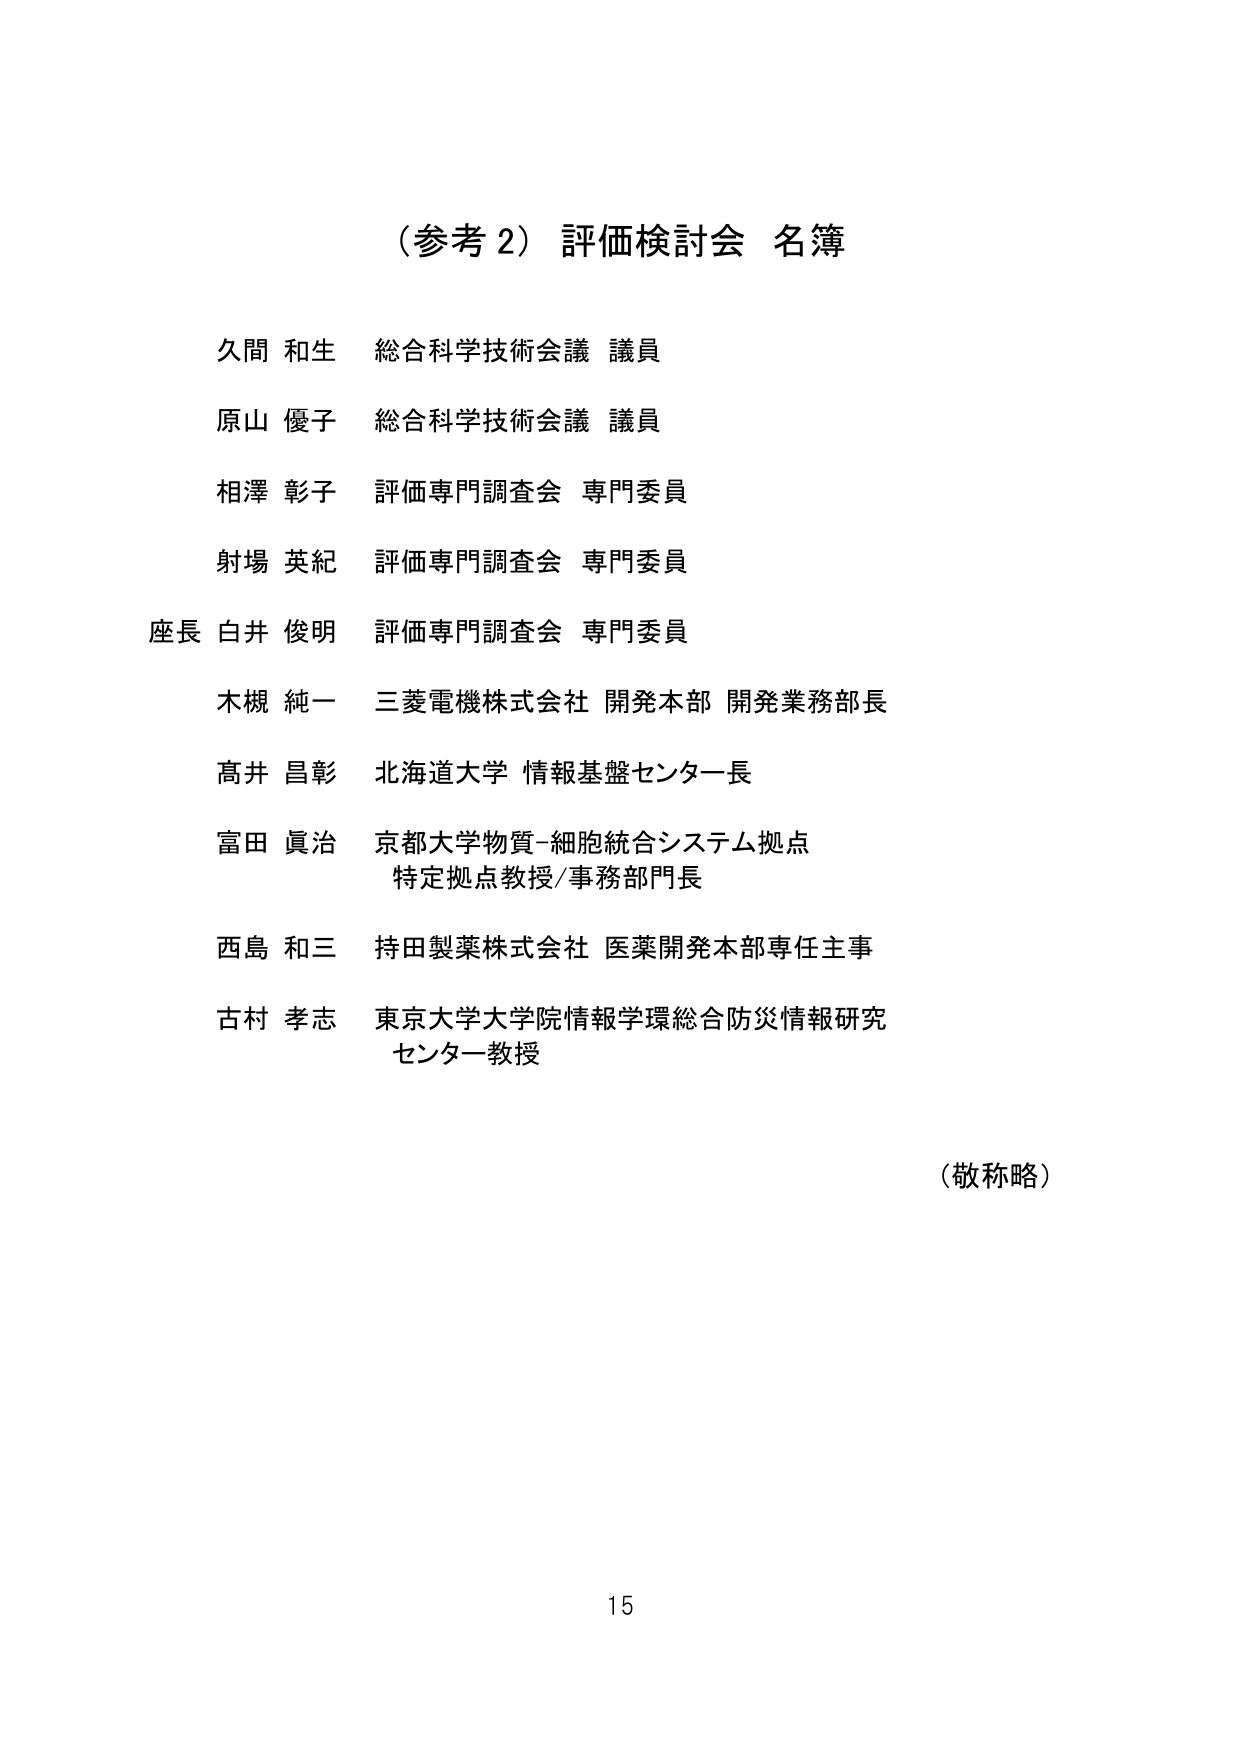
（参考２）評価検討会 名簿

久間 和生 総合科学技術会議 議員
原山 優子 総合科学技術会議 議員
相澤 彰子 評価専門調査会 専門委員
射場 英紀 評価専門調査会 専門委員
座長 白井 俊明 評価専門調査会 専門委員
木槻 純一 三菱電機株式会社 開発本部 開発業務部長
高井 昌彰 北海道大学 情報基盤センター長
富田 眞治 京都大学物質-細胞統合システム拠点
　　　　　特定拠点教授/事務部門長
西島 和三 持田製薬株式会社 医薬開発本部専任主事
古村 孝志 東京大学大学院情報学環総合防災情報研究
　　　　　センター教授

（敬称略）

15